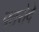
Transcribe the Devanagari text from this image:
पतरोदे